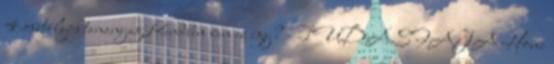
4.osztályos tananyag Rendben van ez így? - TUDASFAJA Home